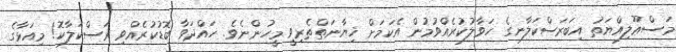
މަސްޢޫލިއްޔަތު އިބަރަސްކަލާނގެ ހަވާލުކުރެއްވުމުން އެކަމަށް ޚިޔާނަތްތެރިވީ މީހުންނެވެ. ހައްދަވާ ބޮޑުކުރެއްވި ރަސްކަލާކޮ! މިއަޅާގެ